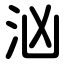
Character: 汹